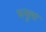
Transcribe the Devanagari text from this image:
मनुला